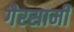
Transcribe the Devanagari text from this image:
गैरसामी